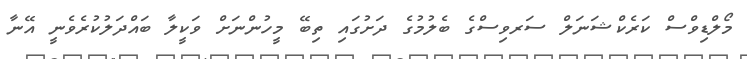
މޯލްޑިވްސް ކަރެކްޝަނަލް ސަރވިސްގެ ބެލުމުގެ ދަށުގައި ތިބޭ މީހުންނަށް ވަކީލާ ބައްދަލުކުރެވެނީ އޭނާ